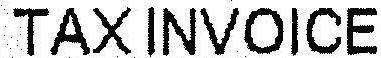
TAX INVOICE